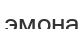
эмона